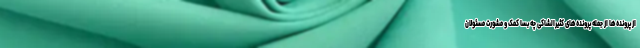
از پرونده‌ها از جمله پرونده‌های کثیرالشاکی چه بسا کمک و مشورت مسئولان